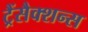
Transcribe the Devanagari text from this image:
ट्रैंसैक्शन्स